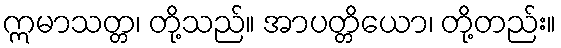
ဣမာသတ္တ၊ တို့သည်။ အာပတ္တိယော၊ တို့တည်း။